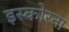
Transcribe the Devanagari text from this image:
इस्कोरना